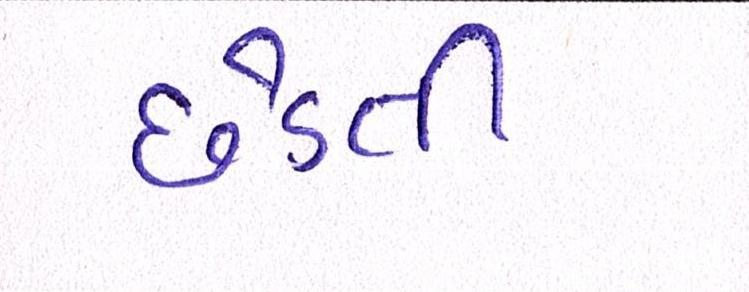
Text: છેડતી